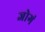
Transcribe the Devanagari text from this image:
जोगं